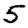
Digit: 5